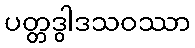
ပတ္တဒွါဒသဝဿာ